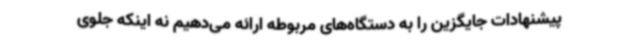
پیشنهادات جایگزین را به دستگاه‌های مربوطه ارائه می‌دهیم نه اینکه جلوی